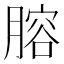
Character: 𦞳